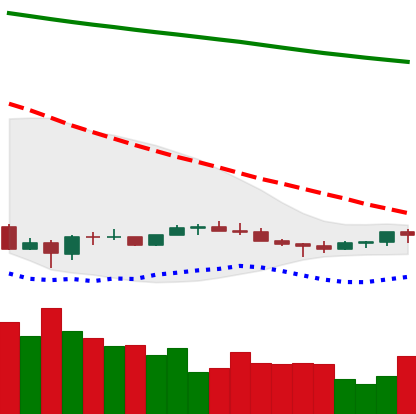
Ticker: EOS-USD
Chart end date: 2022-07-05
Forward return: 3.198%
Label: up_3_5